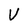
Character: V